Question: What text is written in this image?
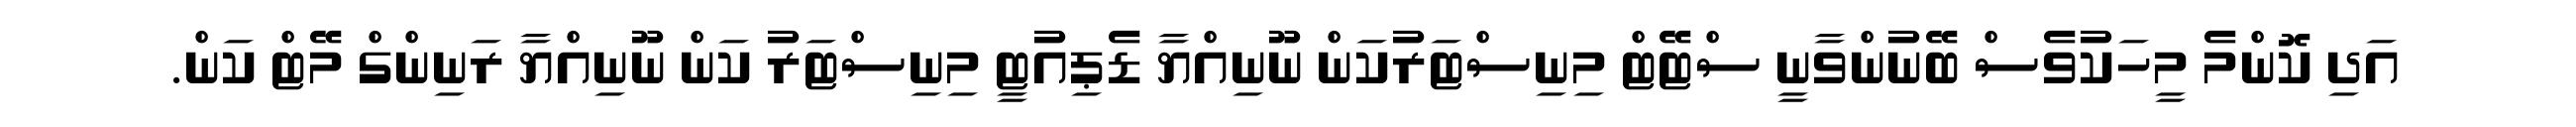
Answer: އަދި ކޮންމެ މީހަކުވެސް ބޭނުންވާނީ ސްޓޭޓް މިނިސްޓަރުކަން ނޫނިއްޔާ ޑެޕިއުޓީ މިނިސްޓަރު ކަން ނޫނިއްޔާ ރަނިންގް މޭޓް ކަން.